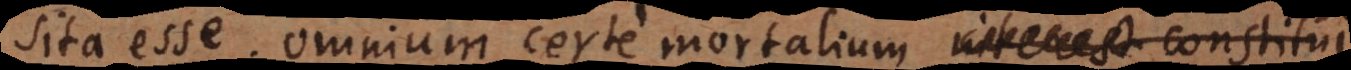
sita esse; omnium certe mortalium quod sua